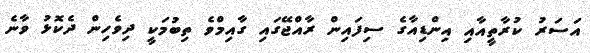
އަސަރު ކުރާތީއާއި އިންޑިއާގެ ސިފައިން ރާއްޖޭގައި ގާއިމްވެ ތިބުމަކީ ދިވެހިން ދެކޮޅު ވާނެ